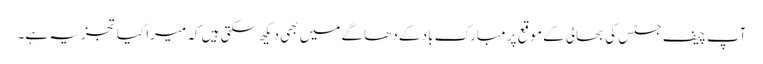
آپ چیف جسٹس کی بحالی کے موقع پر مبارک باد کے دھاگے میں بھی دیکھ سکتی ہیں کہ میرا کیا تجزیہ ہے۔